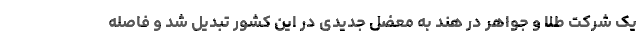
یک شرکت طلا و جواهر در هند به معضل جدیدی در این کشور تبدیل شد و فاصله